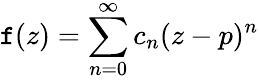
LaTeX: \mathtt{f}(z)=\sum_{n=0}^{\infty}c_{n}(z-p)^{n}